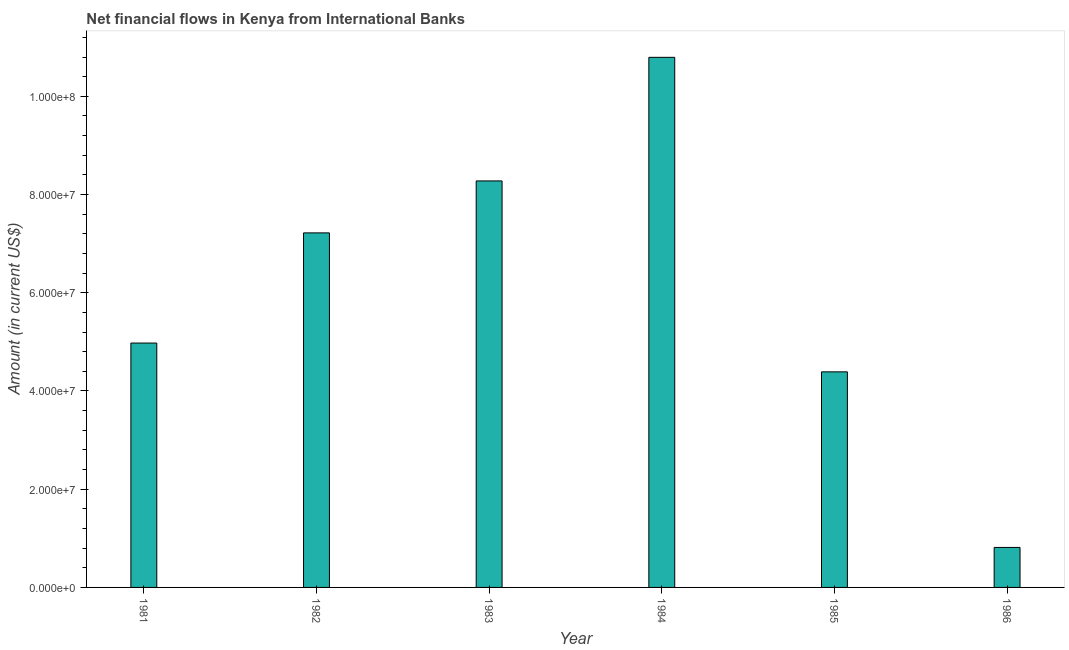
| Year | Net financial flows from IBRD |
 | --- | --- |
 | 1981 | 4.98e+07 |
 | 1982 | 7.22e+07 |
 | 1983 | 8.28e+07 |
 | 1984 | 1.08e+08 |
 | 1985 | 4.39e+07 |
 | 1986 | 8.14e+06 |